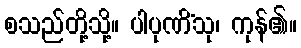
စသည်တို့သို့။ ပါပုဏိံသု၊ ကုန်၏။